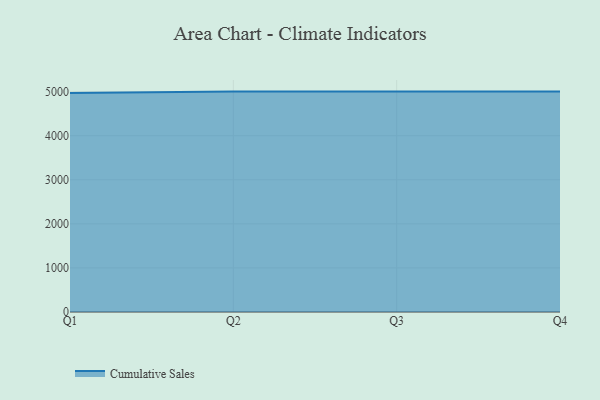
{"axis": {"x": "Quarter", "y": "Waste Production (Tons)"}, "legend": ["Cumulative Sales"], "data": [{"x": "Q1", "y": 4966.2, "type": "Cumulative Sales"}, {"x": "Q2", "y": 5000, "type": "Cumulative Sales"}, {"x": "Q3", "y": 5000, "type": "Cumulative Sales"}, {"x": "Q4", "y": 5000, "type": "Cumulative Sales"}]}